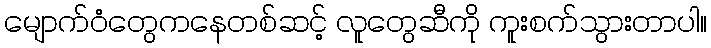
မျောက်ဝံတွေကနေတစ်ဆင့် လူတွေဆီကို ကူးစက်သွားတာပါ။